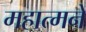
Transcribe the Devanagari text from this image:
महात्मने